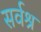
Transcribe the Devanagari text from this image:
सर्वश्र